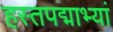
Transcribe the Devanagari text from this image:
हस्तपद्माभ्यां